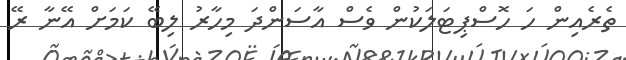
ތެރެއިން ހަ ހޮސްޕިޓަލަކުން ވެސް އާސަންދަ މިހާރު ލިބޭ ކަމަށް އޭނާ ރޭ